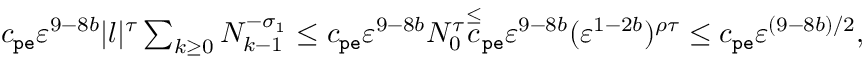
\begin{array} { r } { c _ { \mathtt { p e } } \varepsilon ^ { 9 - 8 b } | l | ^ { \tau } \sum _ { k \ge 0 } N _ { k - 1 } ^ { - \sigma _ { 1 } } \le c _ { \mathtt { p e } } \varepsilon ^ { 9 - 8 b } N _ { 0 } ^ { \tau } \overset \le c _ { \mathtt { p e } } \varepsilon ^ { 9 - 8 b } ( \varepsilon ^ { 1 - 2 b } ) ^ { \rho \tau } \le c _ { \mathtt { p e } } \varepsilon ^ { ( 9 - 8 b ) / 2 } , } \end{array}